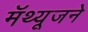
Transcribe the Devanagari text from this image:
मॅथ्यूजने